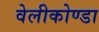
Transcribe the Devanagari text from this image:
वेलीकोण्डा